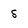
Character: S